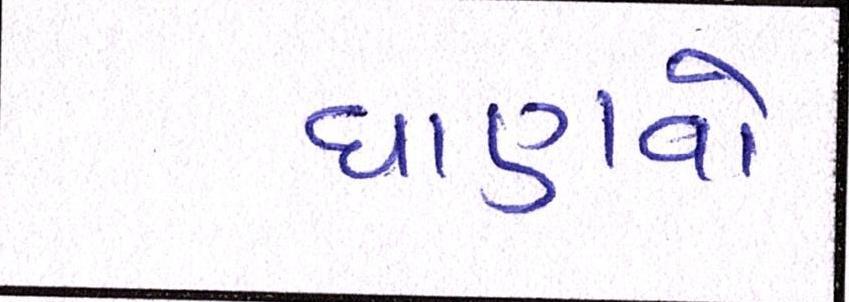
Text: ઘાણવો